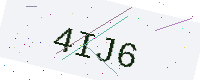
Text: 4IJ6